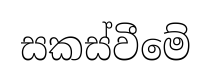
සකස්වීමේ